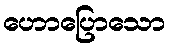
ဟောပြောသော